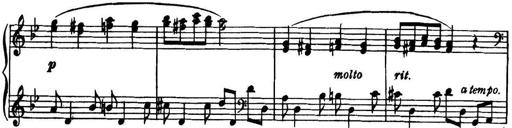
Title: Piano Sonatina in G minor
Composer: John Blackwood McEwen
Key: G minor